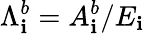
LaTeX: {\Lambda}_{\mathbf{i}}^{b}=A_{\mathbf{i}}^{b}/E_{\mathbf{i}}